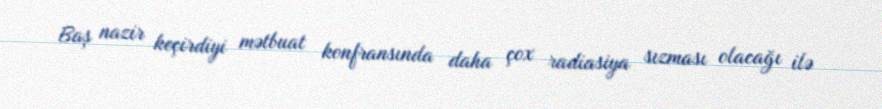
Baş nazir keçirdiyi mətbuat konfransında daha çox radiasiya sızması olacağı ilə